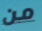
من